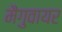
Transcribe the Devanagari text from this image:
मैगुवायर